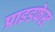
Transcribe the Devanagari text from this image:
प्राइडफेस्ट